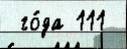
 го́да 111